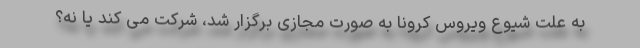
به علت شیوع ویروس کرونا به صورت مجازی برگزار شد، شرکت می کند یا نه؟